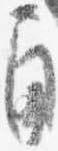
角